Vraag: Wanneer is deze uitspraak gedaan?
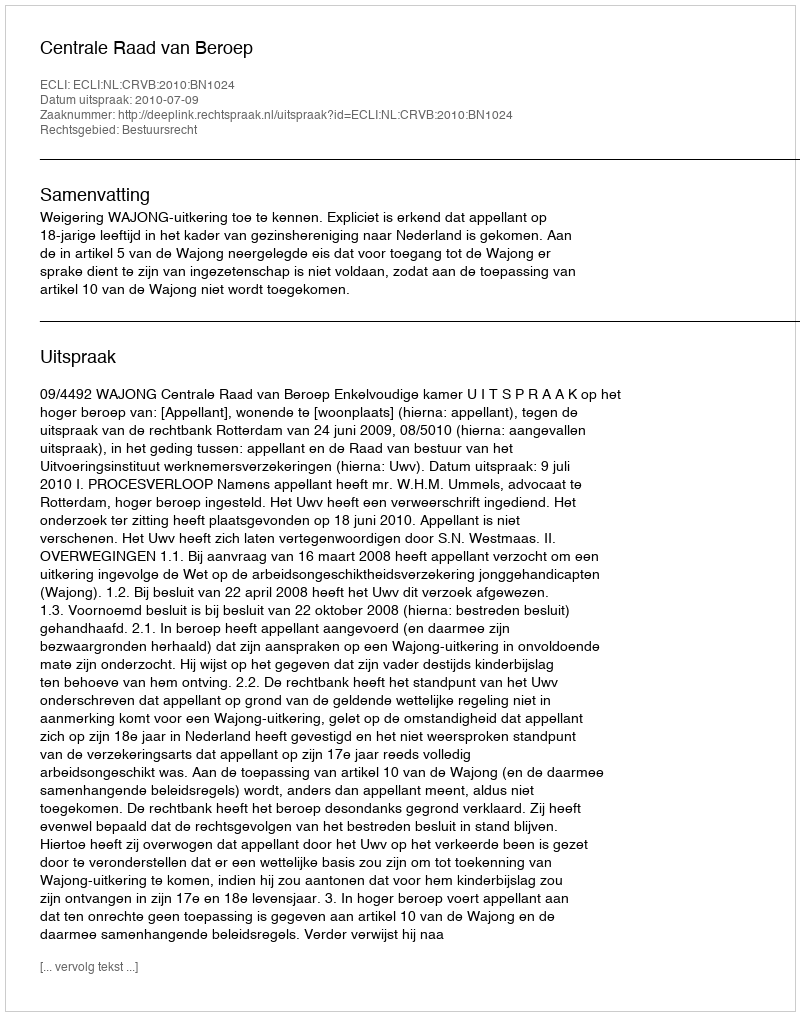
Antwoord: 2010-07-09